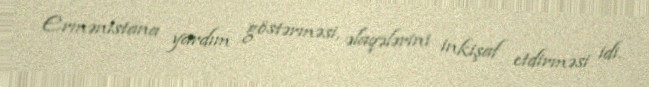
Ermənistana yardım göstərməsi, əlaqələrini inkişaf etdirməsi idi.